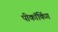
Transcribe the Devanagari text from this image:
पीकॉकिंग